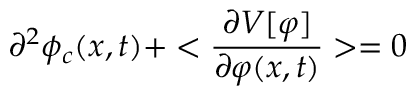
\partial ^ { 2 } \phi _ { c } ( x , t ) + < { \frac { \partial V [ \varphi ] } { \partial \varphi ( x , t ) } } > = 0